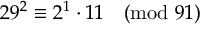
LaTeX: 2 9 ^ { 2 } \equiv 2 ^ { 1 } \cdot 1 1 { \pmod { 9 1 } }